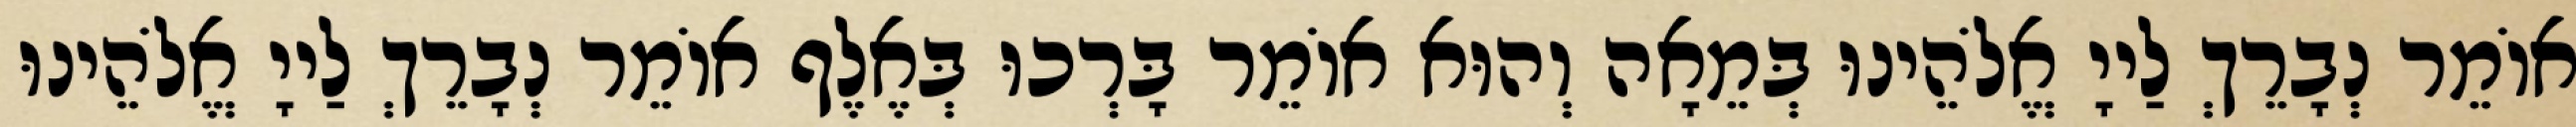
אוֹמֵר נְבָרֵךְ לַייָ אֱלֹהֵינוּ בְּמֵאָה וְהוּא אוֹמֵר בָּרְכוּ בְּאֶלֶף אוֹמֵר נְבָרֵךְ לַייָ אֱלֹהֵינוּ